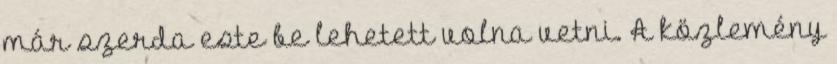
már szerda este be lehetett volna vetni. A közlemény